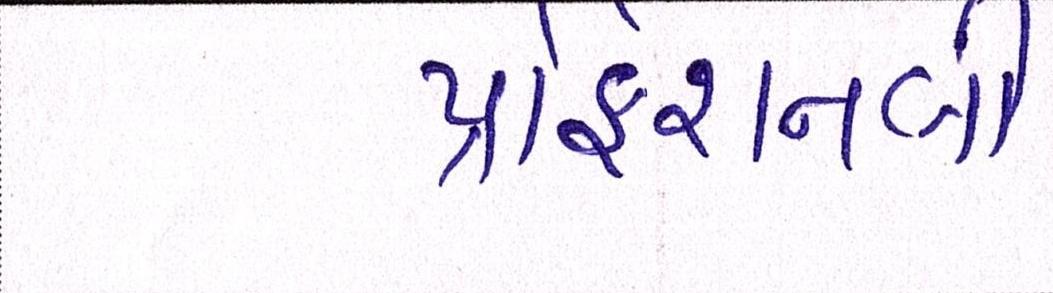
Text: પ્રોફેશનલી